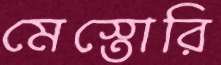
মেস্তোরি